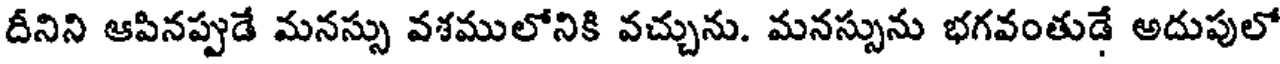
దీనిని ఆపినప్పుడే మనస్సు వశములోనికి వచ్చును. మనస్సును భగవంతుడే అదుపులో